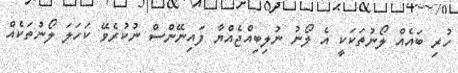
ހުރި ބައެއް ލޯނުތަކަކީ އެ ލޯނު ނުލިބިއްޖެއްޔާ ފައިނޭންސް ނުކުރެވޭ ކަހަލަ ލޯނުތަކެއް